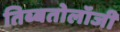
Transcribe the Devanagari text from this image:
तिब्‍बतोलॉजी